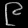
Digit: ၉